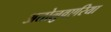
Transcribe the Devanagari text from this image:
अतोलुवएरिया